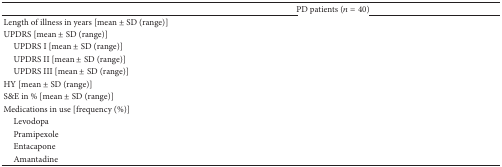
<table><thead><tr><td>[EMPTY_CELL]</td><td><b>PD patients (<i>n</i> = 40)</b></td></tr></thead><tbody><tr><td>Length of illness in years [mean ± SD (range)]</td><td>[EMPTY_CELL]</td></tr><tr><td>UPDRS [mean ± SD (range)]</td><td>[EMPTY_CELL]</td></tr><tr><td> UPDRS I [mean ± SD (range)]</td><td>[EMPTY_CELL]</td></tr><tr><td> UPDRS II [mean ± SD (range)]</td><td>[EMPTY_CELL]</td></tr><tr><td> UPDRS III [mean ± SD (range)]</td><td>[EMPTY_CELL]</td></tr><tr><td>HY [mean ± SD (range)]</td><td>[EMPTY_CELL]</td></tr><tr><td>S&amp;E in % [mean ± SD (range)]</td><td>[EMPTY_CELL]</td></tr><tr><td>Medications in use [frequency (%)]</td><td>[EMPTY_CELL]</td></tr><tr><td> Levodopa </td><td>[EMPTY_CELL]</td></tr><tr><td> Pramipexole</td><td>[EMPTY_CELL]</td></tr><tr><td> Entacapone</td><td>[EMPTY_CELL]</td></tr><tr><td> Amantadine</td><td>[EMPTY_CELL]</td></tr></tbody></table>